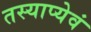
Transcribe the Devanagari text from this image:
तस्याप्येवं